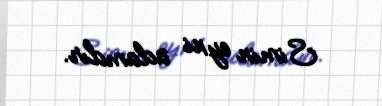
Simin eyni adamdır.